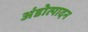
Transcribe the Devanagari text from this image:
अंडोत्पादन